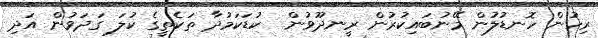
ރިހުން ހޮނޑުލުން މޭނުބައިކުރުން ރީނދޫވުން  ކުޑަކަމުދާ ތަކެތީގެ ކުލަ ގަދަވުން އަދި